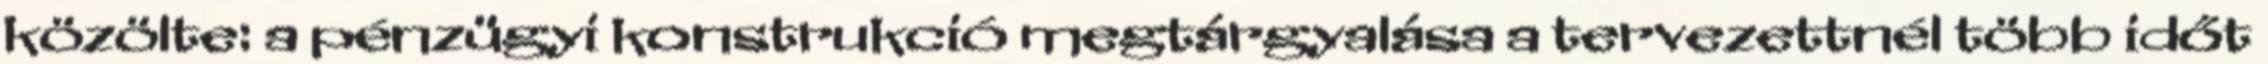
közölte: a pénzügyi konstrukció megtárgyalása a tervezettnél több időt